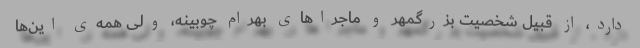
دارد، از قبیل شخصیت بزرگمهر و ماجراهای بهرام چوبینه، ولی همه‌ی این‌ها